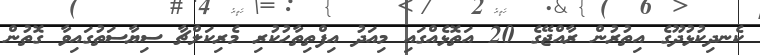
ކެނދިކުޅުދޫގެ އިތުރުން ރާއްޖޭގެ 20 އަތޮޅެއްގައި މިއަދު އިފްތިތާހުކުރި މެރިކަލްޗާ ސިޔާސަތުގައިވާ ގޮތުން